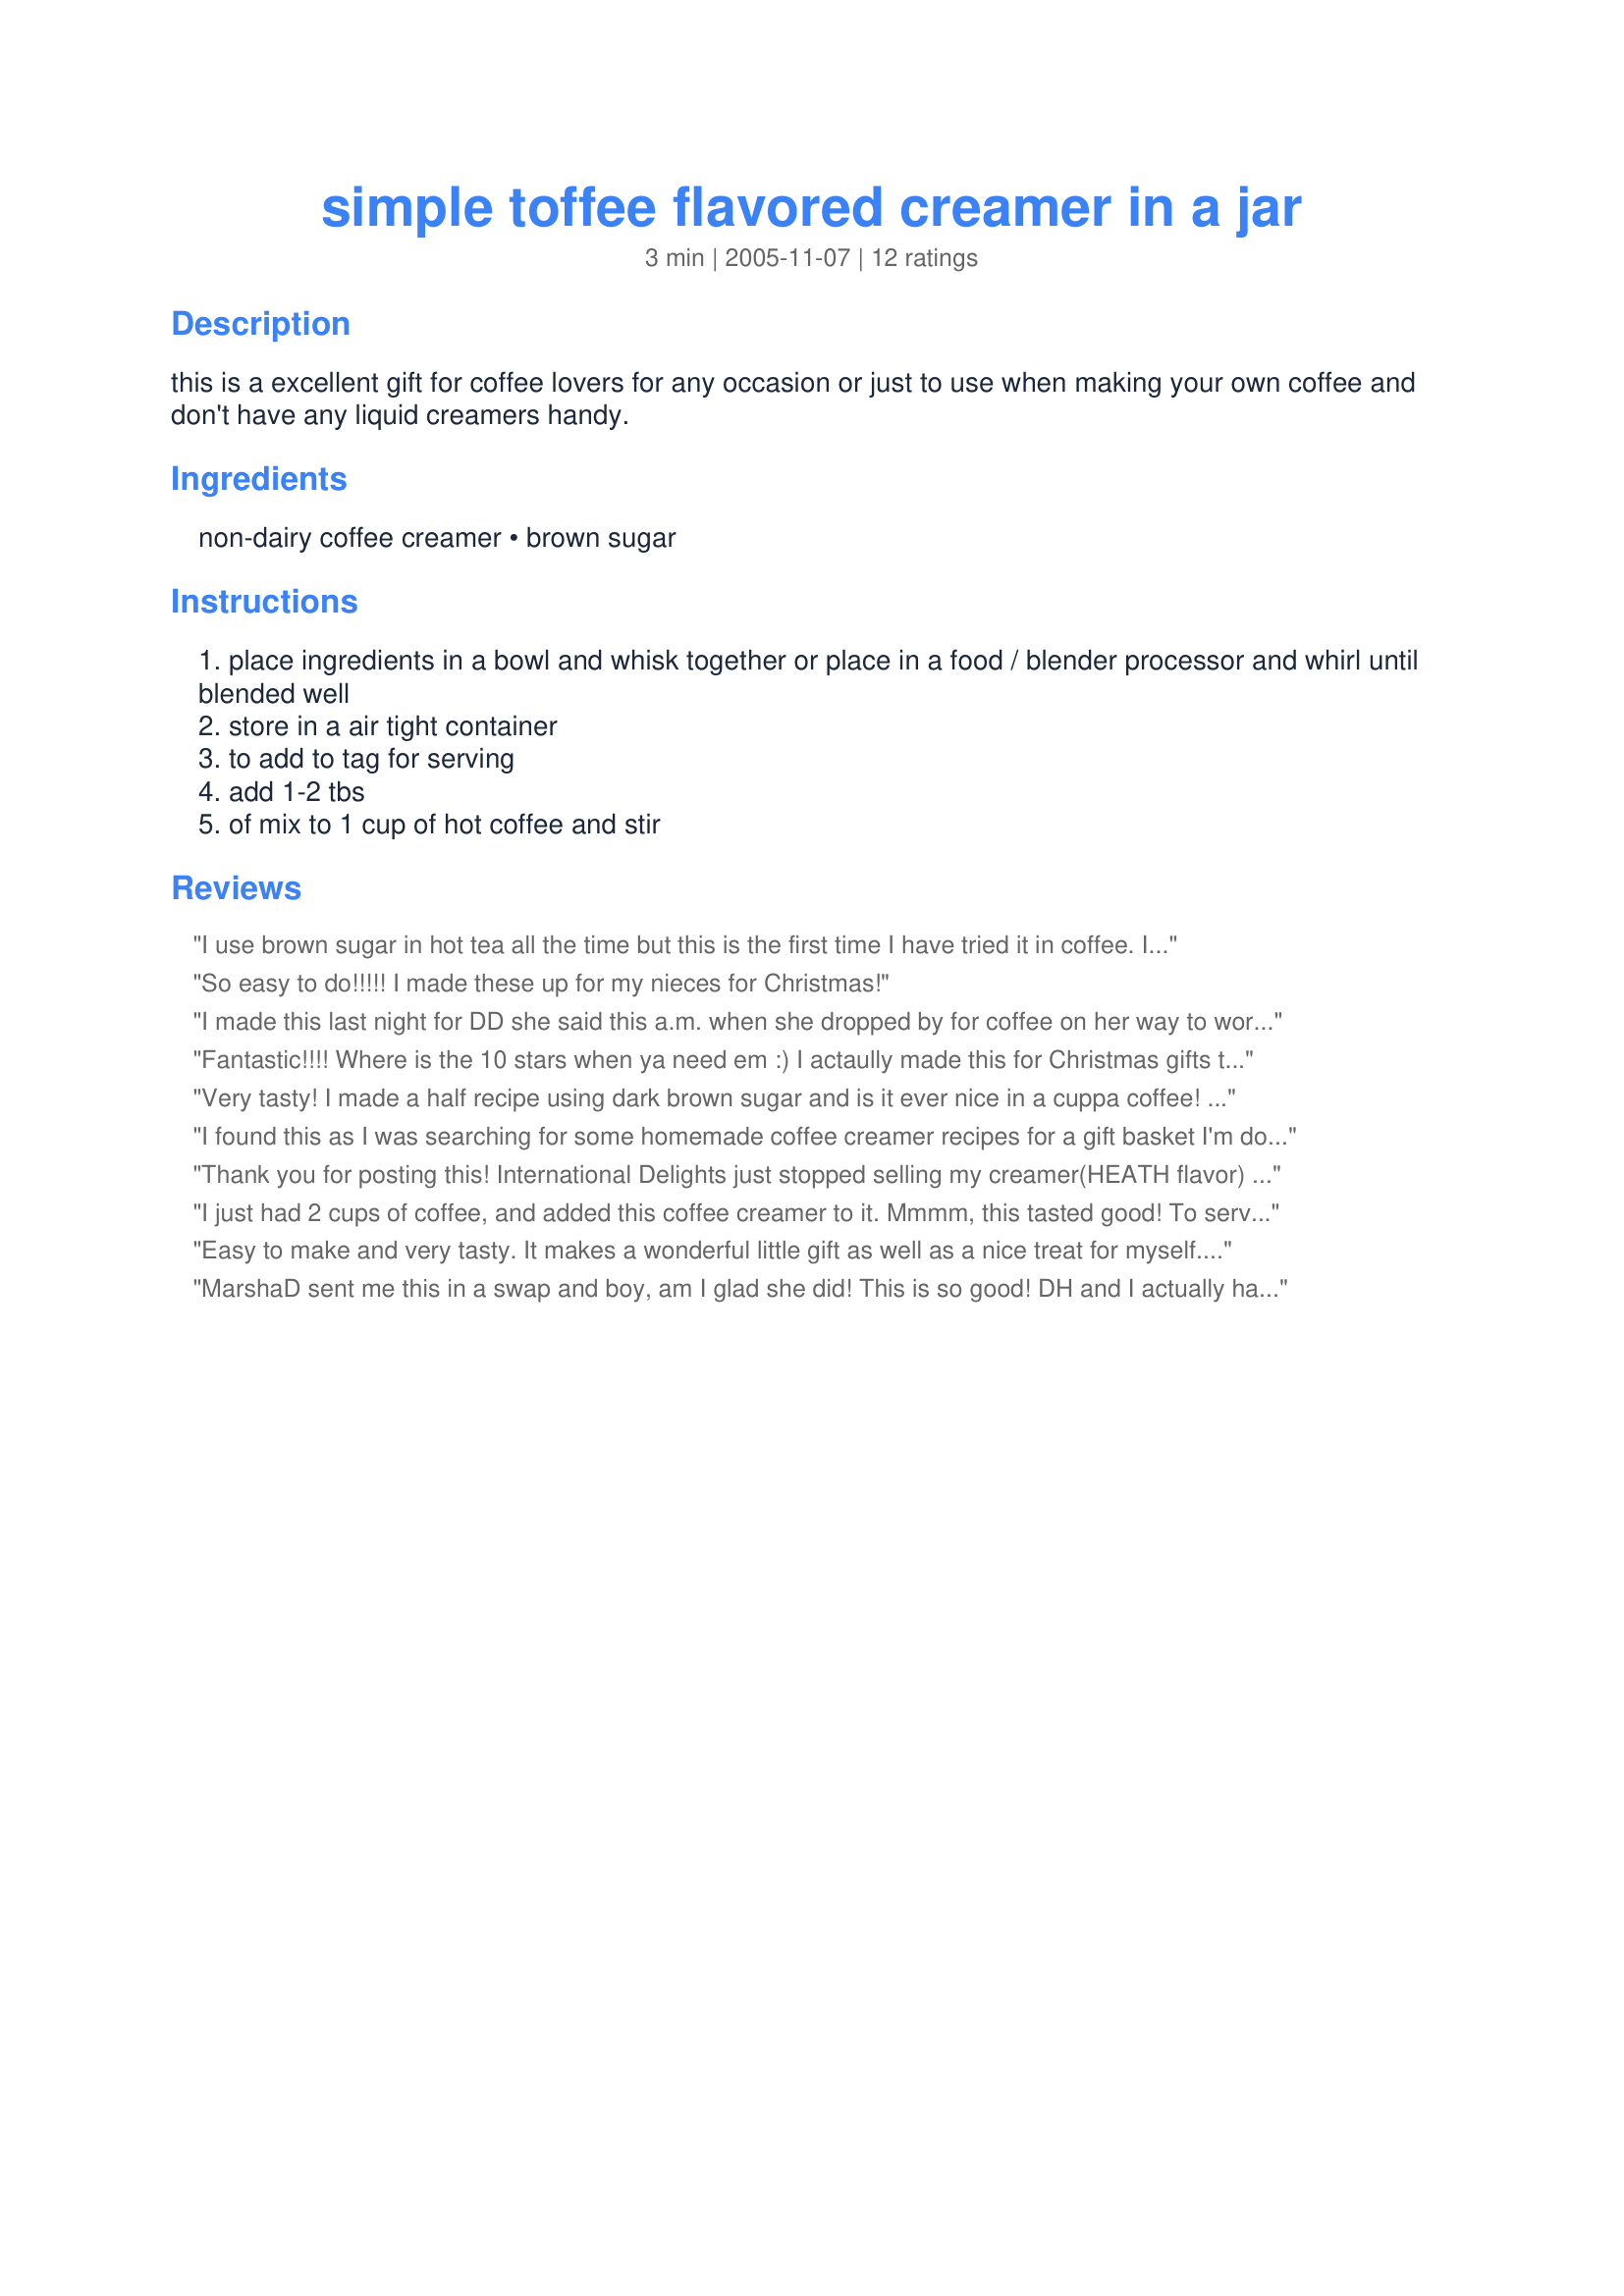
simple toffee flavored creamer in a jar
Preparation time: 3 minutes

this is a excellent gift for coffee lovers for any occasion or just to use when making your own coffee and don't have any liquid creamers handy.

Ingredients:
non-dairy coffee creamer, brown sugar

Steps:
place ingredients in a bowl and whisk together or place in a food / blender processor and whirl until blended well
store in a air tight container
to add to tag for serving
add 1-2 tbs
of mix to 1 cup of hot coffee and stir

Reviews:
I use brown sugar in hot tea all the time but this is the first time I have tried it in coffee. It really added a nice flavor to the coffee. 

Thanks Marsha D. 

Bullwinkle.
So easy to do!!!!! I made these up for my nieces for Christmas!
I made this last night for DD she said this a.m. when she dropped by for coffee on her way to work .."mom you made this?? YOU ROCK!! it is a 10" told her there were no 10's she said "well this is" so a 10 with only 5 stars showing.. since I don't use flavors in coffee I can't comment myself BUT she is pretty picky about her coffee she kept on smelling this and saying mmmmm so a 10 from her is quite a complement!!!

UPDATE~~~~12/02/07

I thought I might share something
learned to do that makes this even BETTER than the store bought stuff

1st I DO put it in blender...
THEN I use my small flour sifter to get out any lumps that will be left( I usually have some small lumps from the brown sugar)
I just sift it over a bowl & use a 
scoop & small funnel to fill old creamer jars..( this filled to the top a old 6 ounce coffee mate creamer container) you might be left with a few small little pebble like things in your sifter..
I sometimes have some & I just dump them in the trash..
& the coffee creamer is the perfect
consistency..nice and powdery..NO LUMPS!!!

Oh & at last review I didn't use coffee creamer flavored or otherwise..
but now every once in awhile I do & this is really really GOOD
Fantastic!!!!
Where is the 10 stars when ya need em :) I actaully made this for Christmas gifts to take to Virginia when we go down at Thanksgiving, but it HAD to be sampled at home first :) this is an A+ recipe. Thanks M..........
Very tasty! I made a half recipe using dark brown sugar and is it ever nice in a cuppa coffee! Not too sweet or too strong a flavor... unlike some of the store bought creamers! I like! Thanks for a really good recipe. I'll definitely be keeping this on hand!
I found this as I was searching for some homemade coffee creamer recipes for a gift basket I'm doing for a church raffle. Because I need to watch my sugar intake, I made this using 1/2 cup splenda brown sugar blend. The flavor worked out wonderfully. It will be one of my favorites!
Thank you for posting this! International Delights just stopped selling my creamer(HEATH flavor) and I'm lost without it lol..I'm going to put this together today!
I just had 2 cups of coffee, and added this coffee creamer to it. Mmmm, this tasted good! To serve with an 8-ounce cup of coffee, I used 1 Tablespoon each, of the powdered creamer and dark brown sugar. I liked it so much, that I had to make another cup of it. Thanks Marsha, for the recipe, it's a keeper!!
Easy to make and very tasty. It makes a wonderful little gift as well as a nice treat for myself. I had never tried brown sugar in coffee before and I like it. It takes the edge off the bitterness of coffee but it isn't as sweet as white sugar. I used a whisk to mix the two things together in a bowl. Thanks!
MarshaD sent me this in a swap and boy, am I glad she did! This is so good! DH and I actually had this in hot chocolate and it was delicious! I am not much of a coffee drinker, that is why I tried it in hot chocolate! I love the toffee flavor, I never would have guessed it was brown sugar! LOL! Tonight, I put it in warm milk. Now that is just the thing for a cold night, so good and comforting! Reminds me of when my grandmother would serve me warm sweetened milk when I stayed with her! Thanks MarshaD!
being that I am broke this holiday time, I was able to make this, cut out my hand print on holiday paper, wrote a cute poem I found on the card and gave it to my friends. I tried it the first time I saw the recipe and it was delicious and warm and made me feel loved. You will too. I did use the granulated brown sugar instead and there was NO clumping.
Great taste. It gives a nice carmelly toffee flavor to a cup of coffee. The only problem I had was that it tended to get clumpy in the jar. I just shake it up good before I use it and the clumps usually disolve.
